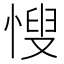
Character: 㥰